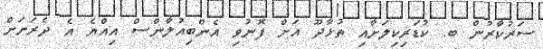
ސަރުކާރުން ބ. ކުޑަރިކިލަށާއި ތުޅާދޫ އަށް ފޮނުވި އެންބިއުލާންސް އިއްޔެ އެ ދެރަށަށް